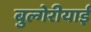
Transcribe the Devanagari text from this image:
बुल्गेरीयाई